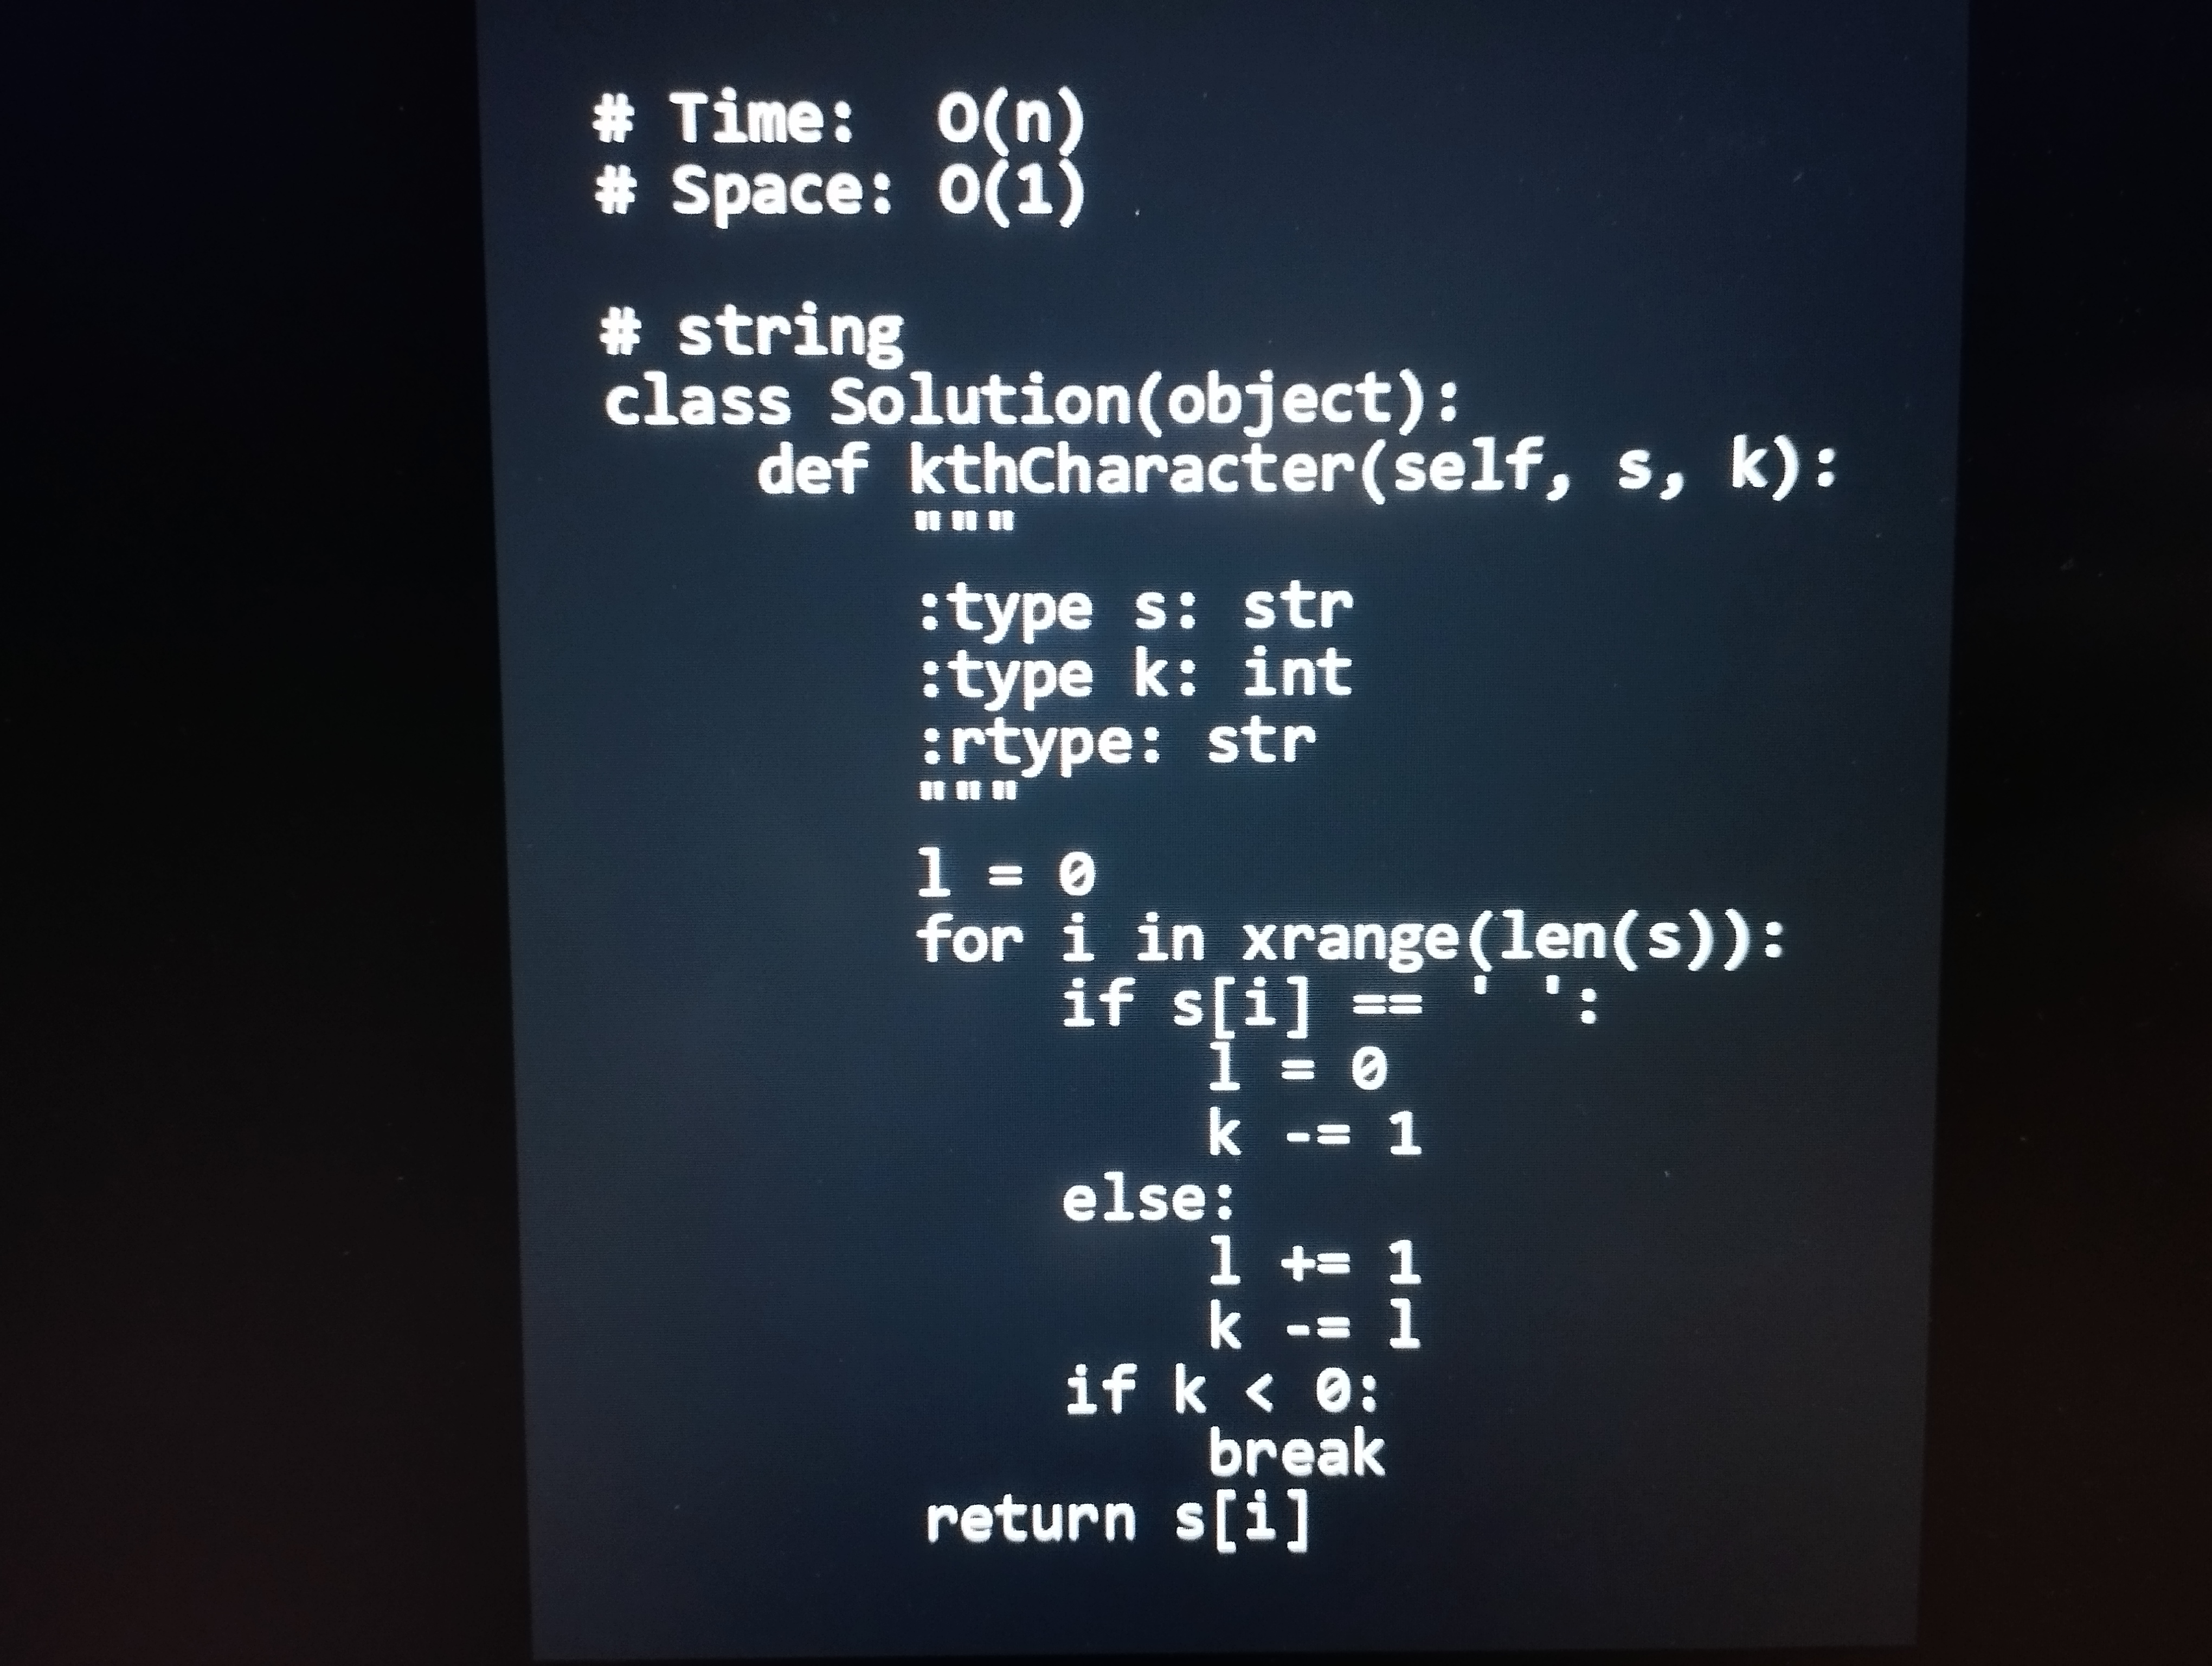
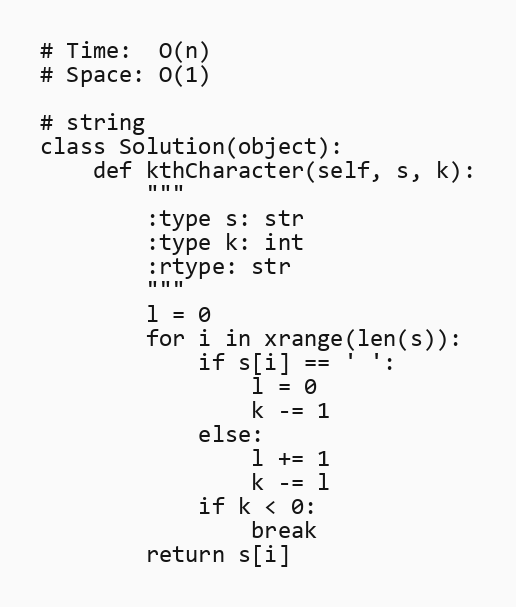
# Time:  O(n)
# Space: O(1)

# string
class Solution(object):
    def kthCharacter(self, s, k):
        """
        :type s: str
        :type k: int
        :rtype: str
        """
        l = 0
        for i in xrange(len(s)):
            if s[i] == ' ':
                l = 0
                k -= 1
            else:
                l += 1
                k -= l
            if k < 0:
                break
        return s[i]